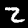
Label: 2